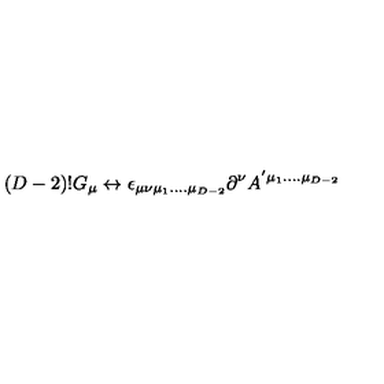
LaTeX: ( D - 2 ) ! G _ { \mu } \leftrightarrow \epsilon _ { \mu \nu \mu _ { 1 } . . . . \mu _ { D - 2 } } \partial ^ { \nu } A ^ { ' \mu _ { 1 } . . . . \mu _ { D - 2 } }